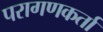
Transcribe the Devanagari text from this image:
परागणकर्ता